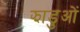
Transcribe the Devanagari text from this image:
झाड़ुओं